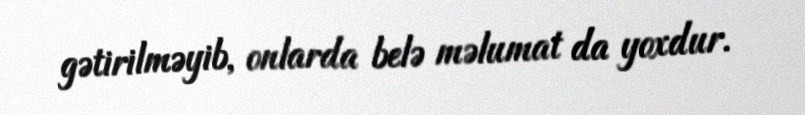
gətirilməyib, onlarda belə məlumat da yoxdur.